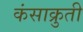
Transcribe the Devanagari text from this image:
कंसाक्रुती